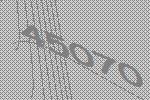
45070